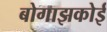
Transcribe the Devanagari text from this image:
बोगाझकोई